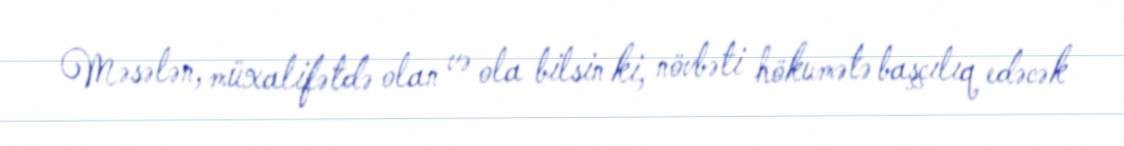
Məsələn, müxalifətdə olan və ola bilsin ki, növbəti hökumətə başçılıq edəcək